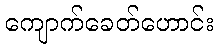
ကျောက်ခေတ်ဟောင်း